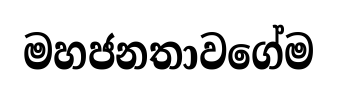
මහජනතාවගේම